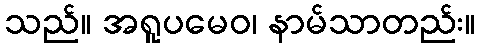
သည်။ အရူပမေဝ၊ နာမ်သာတည်း။